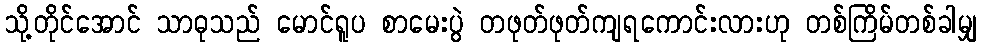
သို့တိုင်အောင် သာဓုသည် မောင်ရူပ စာမေးပွဲ တဖုတ်ဖုတ်ကျရကောင်းလားဟု တစ်ကြိမ်တစ်ခါမျှ